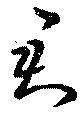
君